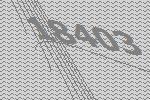
18403